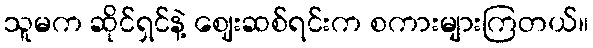
သူမက ဆိုင်ရှင်နဲ့ ဈေးဆစ်ရင်းက စကားများကြတယ်။